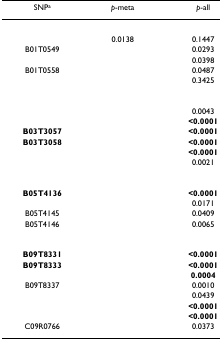
<table><thead><tr><td><b>SNP<sup>a</sup></b></td><td><b><i>p</i>-meta</b></td><td><b><i>p</i>-all</b></td></tr></thead><tbody><tr><td>[EMPTY_CELL]</td><td>[EMPTY_CELL]</td><td>[EMPTY_CELL]</td></tr><tr><td>[EMPTY_CELL]</td><td>0.0138</td><td>0.1447</td></tr><tr><td>B01T0549</td><td>[EMPTY_CELL]</td><td>0.0293</td></tr><tr><td>[EMPTY_CELL]</td><td>[EMPTY_CELL]</td><td>0.0398</td></tr><tr><td>B01T0558</td><td>[EMPTY_CELL]</td><td>0.0487</td></tr><tr><td>[EMPTY_CELL]</td><td>[EMPTY_CELL]</td><td>0.3425</td></tr><tr><td>[EMPTY_CELL]</td><td>[EMPTY_CELL]</td><td>[EMPTY_CELL]</td></tr><tr><td>[EMPTY_CELL]</td><td>[EMPTY_CELL]</td><td>0.0043</td></tr><tr><td>[EMPTY_CELL]</td><td>[EMPTY_CELL]</td><td><b>&lt;0.0001</b></td></tr><tr><td><b>B03T3057</b></td><td>[EMPTY_CELL]</td><td><b>&lt;0.0001</b></td></tr><tr><td><b>B03T3058</b></td><td>[EMPTY_CELL]</td><td><b>&lt;0.0001</b></td></tr><tr><td>[EMPTY_CELL]</td><td>[EMPTY_CELL]</td><td><b>&lt;0.0001</b></td></tr><tr><td>[EMPTY_CELL]</td><td>[EMPTY_CELL]</td><td>0.0021</td></tr><tr><td>[EMPTY_CELL]</td><td>[EMPTY_CELL]</td><td>[EMPTY_CELL]</td></tr><tr><td><b>B05T4136</b></td><td>[EMPTY_CELL]</td><td><b>&lt;0.0001</b></td></tr><tr><td>[EMPTY_CELL]</td><td>[EMPTY_CELL]</td><td>0.0171</td></tr><tr><td>B05T4145</td><td>[EMPTY_CELL]</td><td>0.0409</td></tr><tr><td>B05T4146</td><td>[EMPTY_CELL]</td><td>0.0065</td></tr><tr><td>[EMPTY_CELL]</td><td>[EMPTY_CELL]</td><td>[EMPTY_CELL]</td></tr><tr><td><b>B09T8331</b></td><td>[EMPTY_CELL]</td><td><b>&lt;0.0001</b></td></tr><tr><td><b>B09T8333</b></td><td>[EMPTY_CELL]</td><td><b>&lt;0.0001</b></td></tr><tr><td>[EMPTY_CELL]</td><td>[EMPTY_CELL]</td><td><b>0.0004</b></td></tr><tr><td>B09T8337</td><td>[EMPTY_CELL]</td><td>0.0010</td></tr><tr><td>[EMPTY_CELL]</td><td>[EMPTY_CELL]</td><td>0.0439</td></tr><tr><td>[EMPTY_CELL]</td><td>[EMPTY_CELL]</td><td><b>&lt;0.0001</b></td></tr><tr><td>[EMPTY_CELL]</td><td>[EMPTY_CELL]</td><td><b>&lt;0.0001</b></td></tr><tr><td>C09R0766</td><td>[EMPTY_CELL]</td><td>0.0373</td></tr></tbody></table>